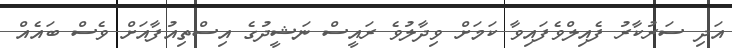
އަދި ސަރުކާރު ފެއިލްވެފައިވާ ކަމަށް ވިދާލުވެ ރައީސް ނަޝީދުގެ އިސްތިއުފާއަށް ވެސް ބައެއް